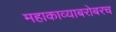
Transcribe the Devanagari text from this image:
महाकाव्याबरोबरच